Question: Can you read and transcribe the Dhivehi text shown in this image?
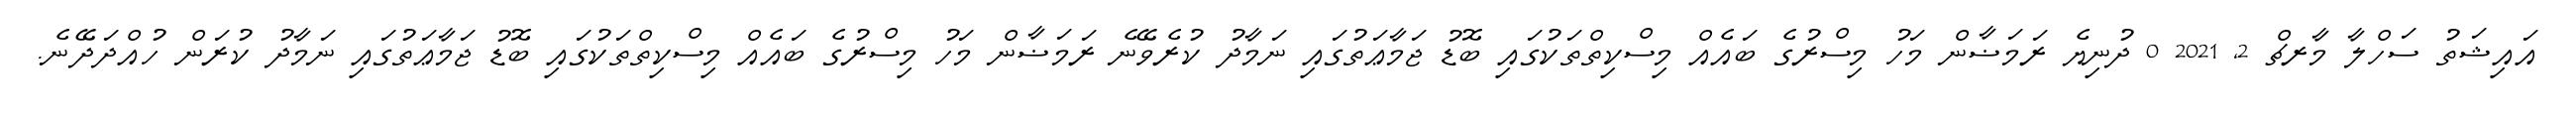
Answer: އައިޝަތު ސަހްލާ މާރޗް 2, 2021 0 ދުނިޔެ ރަމަޟާން މަހު މިސްރުގެ ބައެއް މިސްކިތްތަކުގައި ބޮޑު ޖަމާޢަތުގައި ނަމާދު ކުރެވޭނެ ރަމަޟާން މަހު މިސްރުގެ ބައެއް މިސްކިތްތަކުގައި ބޮޑު ޖަމާޢަތުގައި ނަމާދު ކުރަން ހުއްދަދޭނެ.